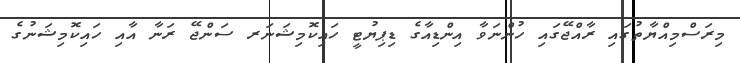
މިރަސްމިއްޔާތުގައި ރާއްޖޭގައި ހުންނަވާ އިންޑިއާގެ ޑިޕިޔުޓީ ހައިކޮމިޝަނަރ ސަންޖޭ ރަނާ އާއި ހައިކޮމިޝަނުގެ